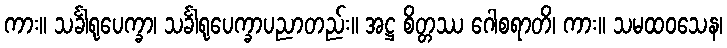
ကား။ သင်္ခါရုပေက္ခာ၊ သင်္ခါရုပေက္ခာပညာတည်း။ အဋ္ဌ စိတ္တဿ ဂေါစရာတိ၊ ကား။ သမထဝသေန၊